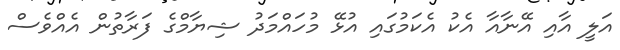
އަލީ އާއި އޭނާއާ އެކު އެކަމުގައި އުޅޭ މުހައްމަދު ޝިޔާމްގެ ފަރާތުން އެއްވެސް